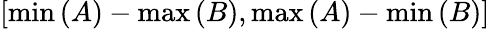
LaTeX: \left[\operatorname*{min}\left(A\right)-\operatorname*{max}\left(B\right),\operatorname*{max}\left(A\right)-\operatorname*{min}\left(B\right)\right]